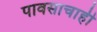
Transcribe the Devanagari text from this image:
पावसाचाही